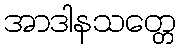
အာဒါနသတ္တေ